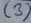
Text: (3)